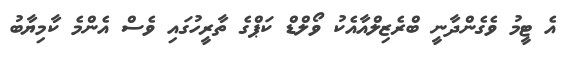
އެ ޓީމު ވެގެންދާނީ ބްރެޒިލްއާއެކު ވޯލްޑް ކަޕްގެ ތާރީހުގައި ވެސް އެންމެ ކާމިޔާބު